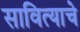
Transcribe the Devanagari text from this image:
सावित्याचे